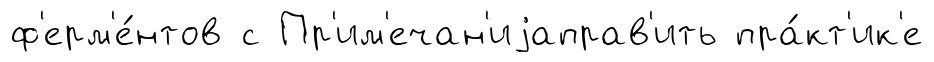
ф'ерм'е́нтов с Пр'им'ечан'иjаправ'ить пра́кт'ик'е